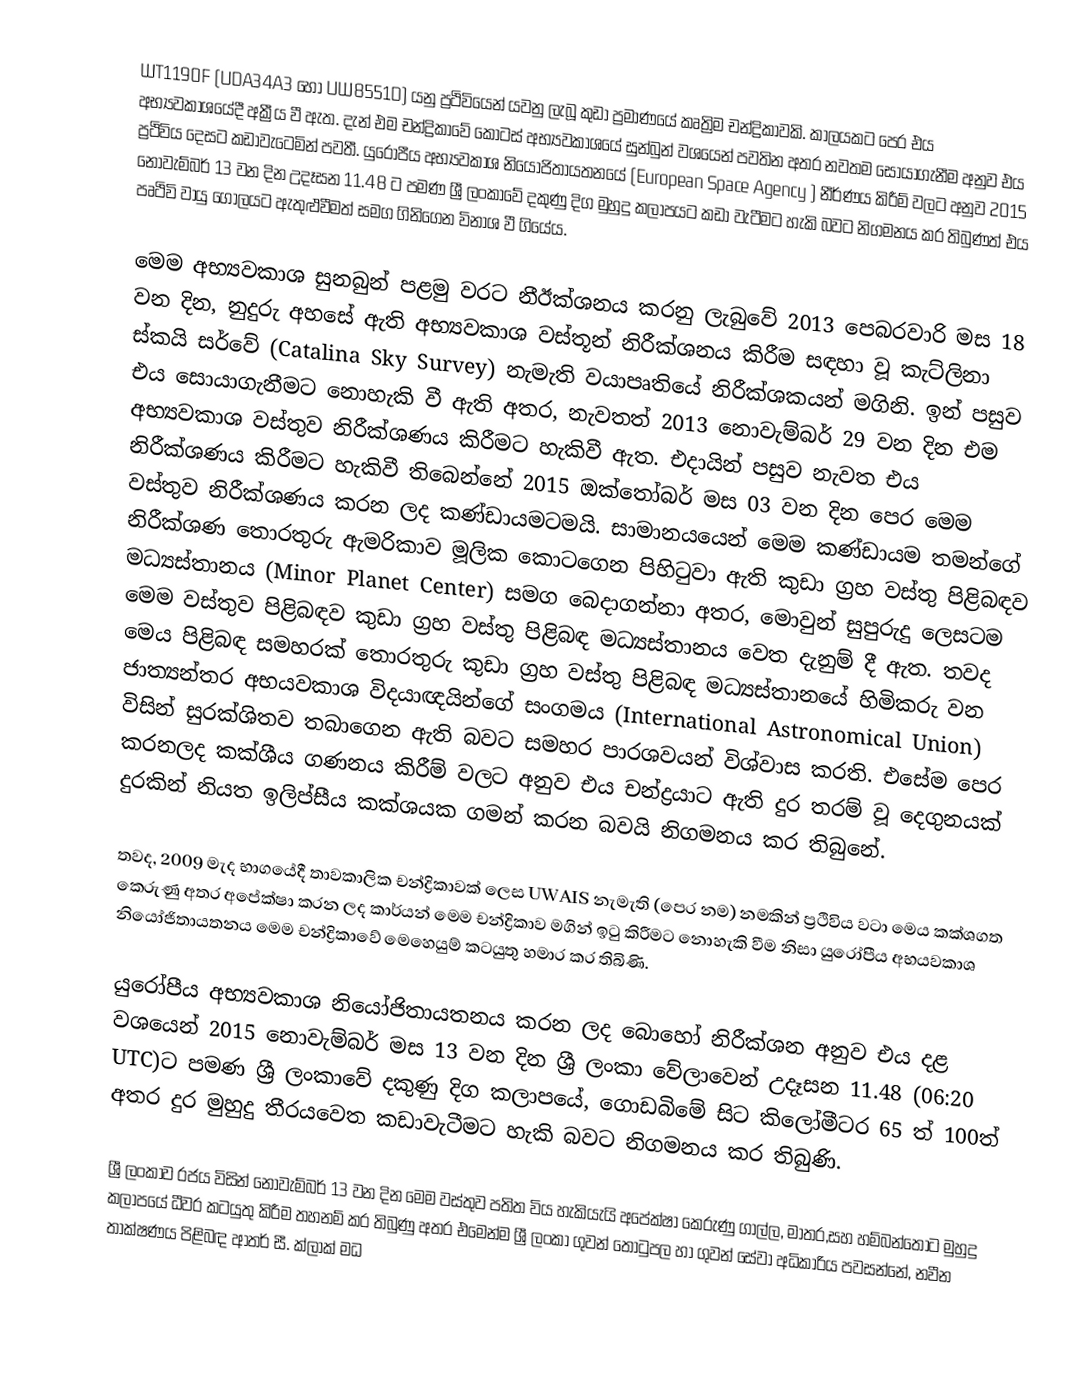
WT1190F (UDA34A3 හෝ UW8551D) යනු ප්‍රථිවියෙන් ‍යවනු ලැබූ කුඩා ප්‍රමාණයේ කෘත්‍රිම චන්ද්‍රිකාවකි. කාලයකට පෙර එය අභ්‍යවකාශයේදී අක්‍රීය වී ඇත. දැන් එම චන්ද්‍රිකාවේ කොටස් අභ්‍යවකාශයේ සුන්බුන් වශයෙන් පවතින අතර නවතම සොයාගැනීම අනුව එය ප්‍රථිවිය දෙසට කඩාවැටෙමින් පවතී. යුරෝපීය අභ්‍යවකාශ නියෝජිතායතනයේ (European Space Agency ) නීර්ණය කිරීම් වලට අනුව 2015 නොවැම්බර් 13 වන දින උදෑසන 11.48 ට පමණ ශ්‍රී ලංකාවේ දකුණු දිග මුහුදු කලාපයට කඩා වැටීමට හැකි බවට නිගමනය කර තිබුණත් එය පෘථිවි වායු ගෝලයට ඇතුළුවීමත් සමග ගිනිගෙන විනාශ වී ගියේය.

මෙම අභ්‍යවකාශ සුනබුන් පළමු වරට නීඊක්ශනය කරනු ලැබුවේ 2013 පෙබරවාරි මස 18 වන දින, නුදුරු අහසේ ඇති අභ්‍යවකාශ වස්තූන් නිරීක්ශනය කිරීම සඳහා වූ කැට්ලිනා ස්කයි සර්වේ (Catalina Sky Survey) නැමැති ව‍යාපෘතියේ නිරීක්ශකයන් මගිනි. ඉන් පසුව එය සොයාගැනීමට නොහැකි වී ඇති අතර, නැවතත් 2013 නොවැම්බර් 29 වන දින එම අභ්‍යවකාශ වස්තුව නිරීක්ශණය කිරීමට හැකිවී ඇත. එදායින් පසුව නැවත එය නිරීක්ශණය කිරීමට හැකිවී තිබෙන්නේ 2015 ඔක්තෝබර් මස 03 වන දින පෙර මෙම වස්තුව නිරීක්ශණය කරන ලද කණ්ඩායමටමයි. සාමාන‍යයෙන් මෙම කණ්ඩායම තමන්ගේ නිරීක්ශණ තොරතුරු ඇමරිකාව මූලික කොටගෙන පිහිටුවා ඇති කුඩා ග්‍රහ වස්තු පිළිබඳව මධ්‍යස්තානය (Minor Planet Center) සමග බෙදාගන්නා අතර, මොවුන් සුපුරුදු ලෙසටම මෙම වස්තුව පිළිබඳව කුඩා ග්‍රහ වස්තු පිළිබඳ මධ්‍යස්තානය වෙත දැනුම් දී ඇත. තවද මෙය පිළිබඳ සමහරක් තොරතුරු කුඩා ග්‍රහ වස්තු පිළිබඳ මධ්‍යස්තානයේ හිමිකරු වන ජාත්‍යන්තර අභයවකාශ විද‍යාඥයින්ගේ සංගමය (International Astronomical Union) විසින් සුරක්ශිතව තබාගෙන ඇති බවට සමහර පාරශවයන් විශ්වාස කරති. එසේම පෙර කරනලද කක්ශීය ගණනය කිරීම් වලට අනුව එය චන්ද්‍රයාට ඇති දුර තරම් වූ දෙගුනයක් දුරකින් නියත ඉලිප්සීය කක්ශයක ගමන් කරන බවයි නිගමනය කර තිබුනේ.

තවද, 2009 මැද භාගයේදී තාවකාලික චන්ද්‍රිකාවක් ලෙස UWAIS නැමැති (පෙර නම) නමකින් ප්‍රථිවිය වටා මෙය කක්ශගත කෙරුණු අතර අපේක්ෂා කරන ලද කාර්යන් මෙම චන්ද්‍රිකාව මගින් ඉටු කිරීමට නොහැකි වීම නිසා යුරෝපීය අභ‍යවකාශ නියෝජිතායතනය මෙම චන්ද්‍රිකාවේ මෙහෙයුම් කටයුතු හමාර කර තිබිණි.

යුරෝපීය අභ්‍යවකාශ නියෝජිතායතනය කරන ලද බොහෝ නිරීක්ශන අනුව එය දළ වශයෙන් 2015 නොවැම්බර් මස 13 වන දින ශ්‍රී ලංකා වේලාවෙන් උදෑසන 11.48 (06:20 UTC)ට පමණ ශ්‍රී ලංකාවේ දකුණු දිග කලාපයේ, ගොඩබිමේ සිට කිලෝමීටර 65 ත් 100ත් අතර දුර මුහුදු තීරයවෙත කඩාවැටීමට හැකි බවට නිගමනය කර තිබුණි.

ශ්‍රී ලංකාව රජය විසින් නොවැම්බර් 13 වන දින මෙම වස්තුව පතිත විය හැකියැයි අපේක්ෂා කෙරුණු ගාල්ල, මාතර,සහ හම්බන්තොට මුහුදු කලාපයේ ධීවර කටයුතු කිරීම තහනම් කර තිබුණු අතර එමෙන්ම ශ්‍රී ලංකා ගුවන් තොටුපල හා ගුවන් සේවා අධිකාරිය පවසන්නේ, නවීන තාක්ෂණය පිළිබඳ ආතර් සී. ක්ලාක් මධ